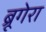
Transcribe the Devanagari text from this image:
ब्रूगेरा